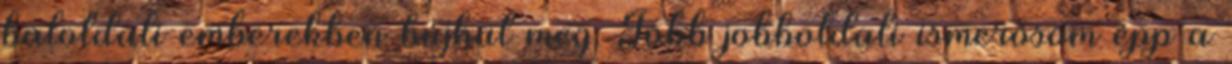
baloldali emberekben bújhat meg. Több jobboldali ismerősöm épp a